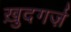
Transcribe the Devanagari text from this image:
ख़ुदगर्ज़